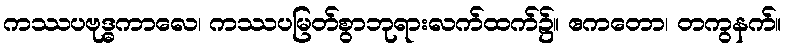
ကဿပဗုဒ္ဓကာလေ၊ ကဿပမြတ်စွာဘုရားလက်ထက်၌။ ဧကတော၊ တကွနက်။